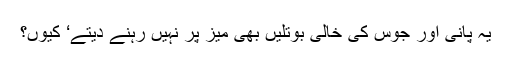
یہ پانی اور جوس کی خالی بوتلیں بھی میز پر نہیں رہنے دیتے‘ کیوں؟